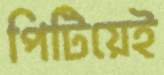
পিটিয়েই